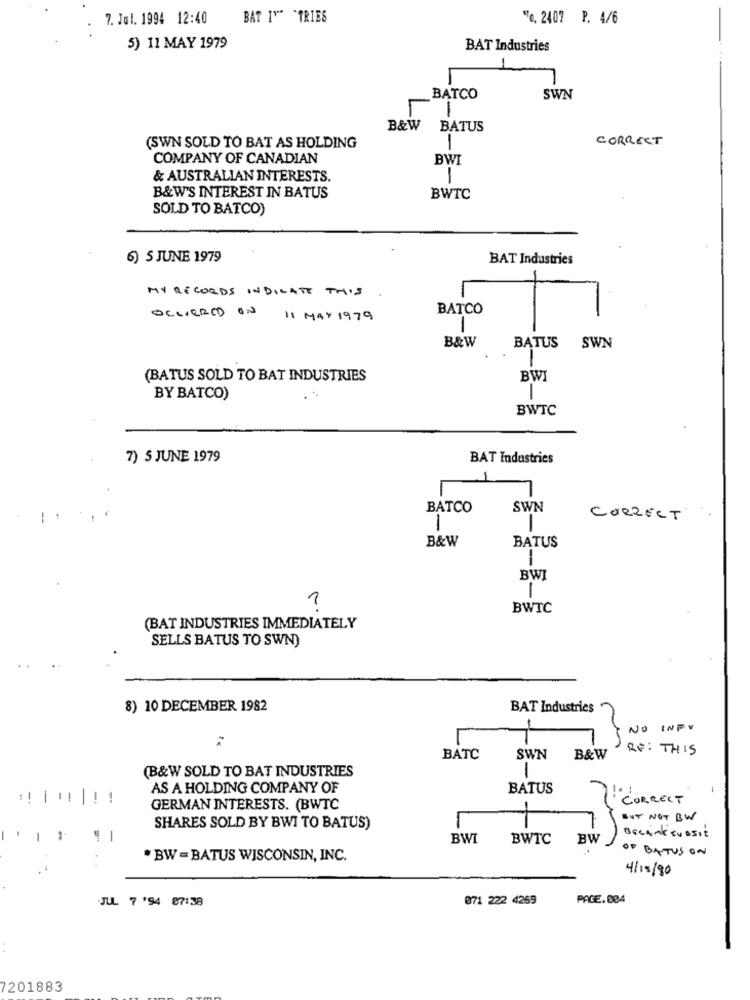
7. Jul. 1994 12:40
BAT IT" *TRIES
"To. 2407 P. 4/6
5) 11 MAY 1979
BAT Industries
BATCO
SWN
1
B&W
BATUS
CORRECT
(SWN SOLD TO BAT AS HOLDING
COMPANY OF CANADIAN
BWI
& AUSTRALIAN INTERESTS.
B&W'S INTEREST IN BATUS
BWTC
SOLD TO BATCO)
6) 5 JUNE 1979
BAT Industries
MY RECORDS INDICATE THIS
OCCIERED ON
BATCO
11 MAY 1979
B&W
BATUS
SWN
(BATUS SOLD TO BAT INDUSTRIES
BWI
BY BATCO)
1
BWTC
7) 5 JUNE 1979
BAT Industries
BATCO
SWN
CORRECT
1
-
B&W
BATUS
BWI
1
1
BWTC
(BAT INDUSTRIES IMMEDIATELY
SELLS BATUS TO SWN)
8) 10 DECEMBER 1982
BAT Industries
NO INFO
-
RE: THIS
BATC
SWN
B&W
(B&W SOLD TO BAT INDUSTRIES
-
AS A HOLDING COMPANY OF
BATUS
CORRECT
GERMAN INTERESTS. (BWTC
BUT NOT BW
SHARES SOLD BY BWI TO BATUS)
1
BWI
BWTC
BW
BECAME Sussie
OF BATUS ON
. BW = BATUS WISCONSIN, INC.
4/15/90
071 222 4269
PAGE.004
JUL 7 '94 87:38
7201883